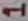
Text: 1